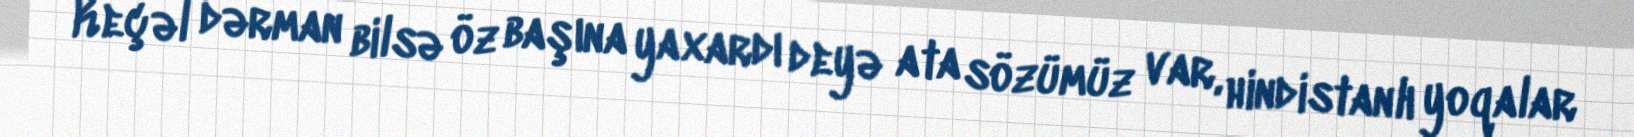
Keçəl dərman bilsə öz başına yaxardı deyə ata sözümüz var, hindistanlı yoqalar